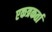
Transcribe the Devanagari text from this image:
एकत्रकर्ता